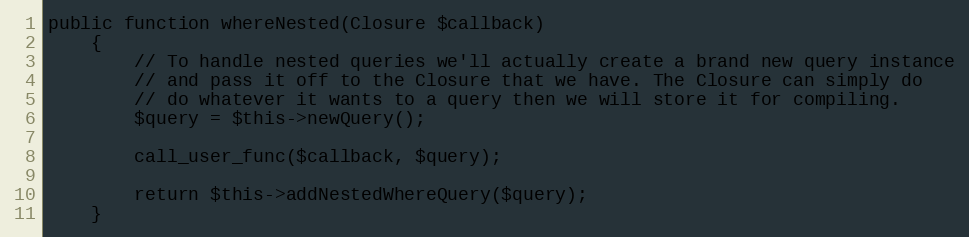
Language: PHP
public function whereNested(Closure $callback)
    {
        // To handle nested queries we'll actually create a brand new query instance
        // and pass it off to the Closure that we have. The Closure can simply do
        // do whatever it wants to a query then we will store it for compiling.
        $query = $this->newQuery();

        call_user_func($callback, $query);

        return $this->addNestedWhereQuery($query);
    }